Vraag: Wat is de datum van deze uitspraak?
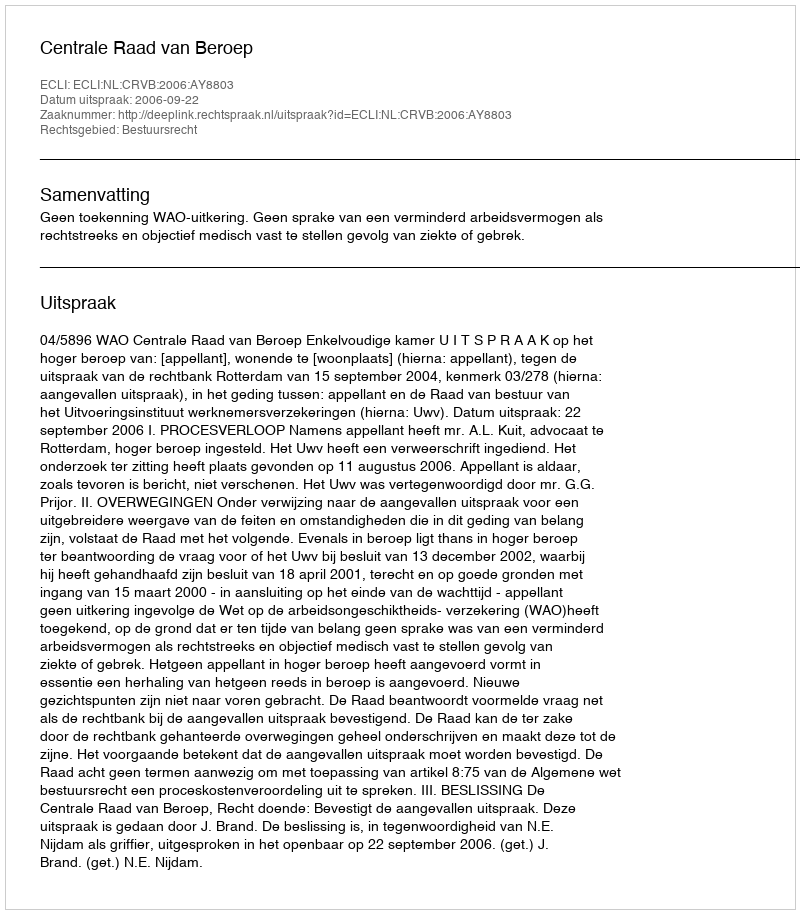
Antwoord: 2006-09-22